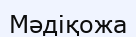
Мәдіқожа